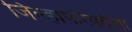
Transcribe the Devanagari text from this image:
जिल्हापरिषदेला